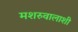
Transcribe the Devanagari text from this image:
मशरुवालाशी